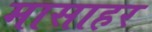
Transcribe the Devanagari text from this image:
मासाहर